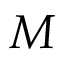
M